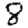
Digit: 8